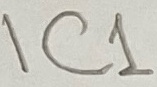
Text: IC1